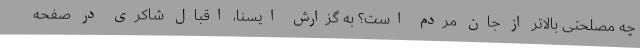
چه مصلحتی بالاتر از جان مردم است؟ به گزارش ایسنا، اقبال شاکری در صفحه